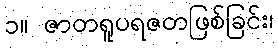
၁။ ဇာတရူပရဇတဖြစ်ခြင်း၊